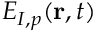
E _ { I , p } ( { \bf r } , t )